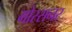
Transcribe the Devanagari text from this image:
गोस्सनर